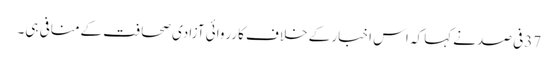
37فی صد نےکہا کہ اس اخبار کے خلاف کارروائی آزادی صحافت کےمنافی ہی۔